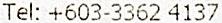
TEL: +603-3362 4137